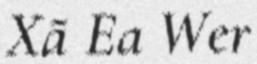
Xã Ea Wer